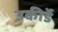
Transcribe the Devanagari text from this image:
उकीर्डे